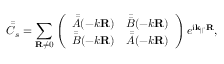
\bar { \bar { C } } _ { s } = \sum _ { \mathbf { R } \neq 0 } \left( \begin{array} { l l } { \bar { \bar { A } } ( - k \mathbf { R } ) } & { \bar { \bar { B } } ( - k \mathbf { R } ) } \\ { \bar { \bar { B } } ( - k \mathbf { R } ) } & { \bar { \bar { A } } ( - k \mathbf { R } ) } \end{array} \right) e ^ { \mathrm { i \mathbf { k } _ { \parallel } \cdot \mathbf { R } } } ,